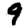
Digit: 9